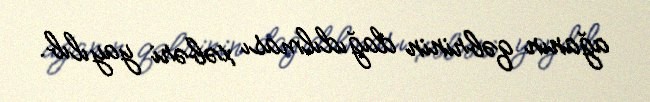
ağanın qəbrinin dağıdılması xəbəri yayılıb.